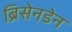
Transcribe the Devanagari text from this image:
ब्रिसेनडेन